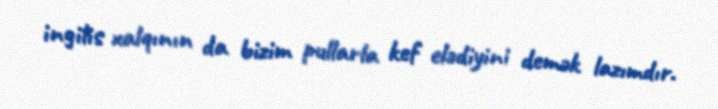
ingilis xalqının da bizim pullarla kef elədiyini demək lazımdır.